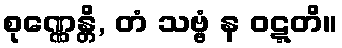
စုဏ္ဏေန္တိ, တံ သဗ္ဗံ န ဝဋ္ဋတိ။